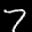
Label: 7